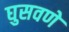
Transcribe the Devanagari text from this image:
घुसवणे